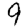
Digit: 9